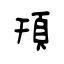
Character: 頇